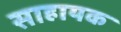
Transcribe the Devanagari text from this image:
साहायक